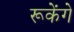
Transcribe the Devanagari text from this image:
रूकेंगे